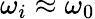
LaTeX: \omega_{i}\approx\omega_{0}